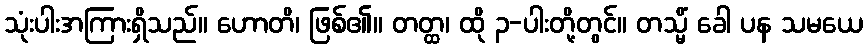
သုံးပါးအကြားရှိသည်။ ဟောတိ၊ ဖြစ်၏။ တတ္ထ၊ ထို ၃-ပါးတို့တွင်။ တသ္မိံ ခေါ ပန သမယေ